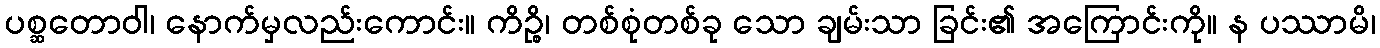
ပစ္ဆတောဝါ၊ နောက်မှလည်းကောင်း။ ကိဉ္စိ၊ တစ်စုံတစ်ခု သော ချမ်းသာ ခြင်း၏ အကြောင်းကို။ န ပဿာမိ၊